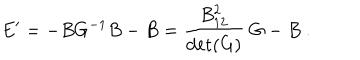
LaTeX: E ^ { \prime } = - B G ^ { - 1 } B - B = { \frac { B _ { 1 2 } ^ { 2 } } { \det ( G ) } } ~ G - B ~ .